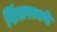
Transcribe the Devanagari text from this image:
खिंडाराकडे